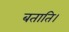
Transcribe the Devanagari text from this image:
बताति।